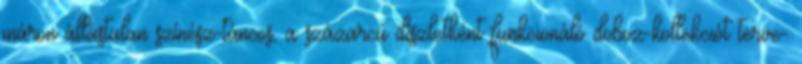
máron állástalan színész-táncos, a százarcú díszletként funkcionáló doboz-kollekciót terve-